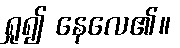
ရှု၍ နေလေ၏။